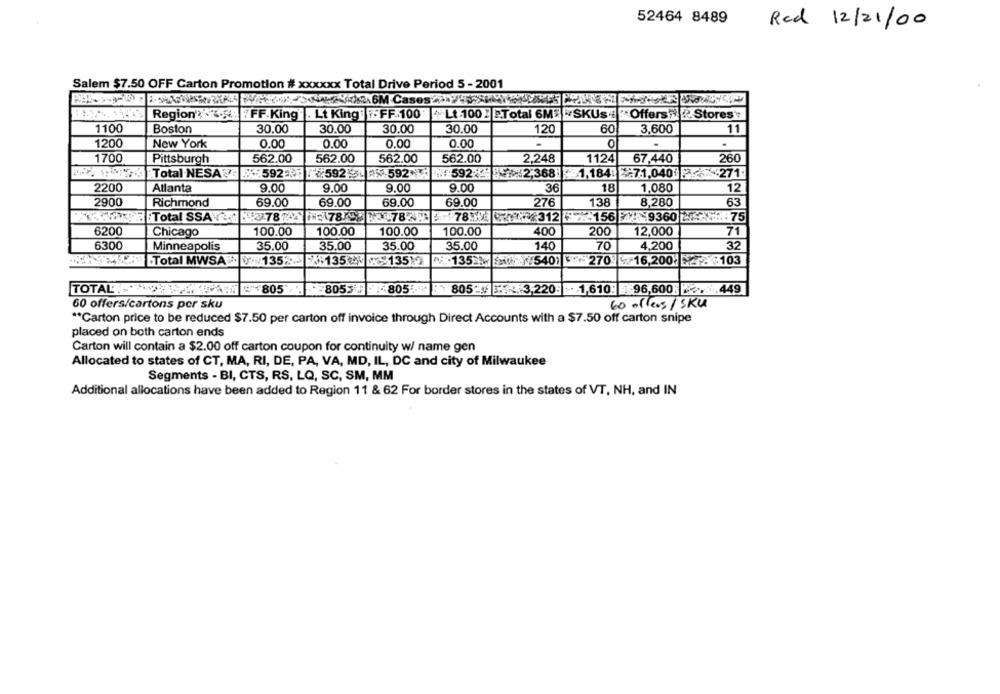
52464 8489
Red 12/21/00
Salem $7.50 OFF Carton Promotion # xxxxxx Total Drive Period 5 - 2001
Region" 5 FFF.King . Lt King :FF-100
Lt 100 2 P.Total 6ME ISKUs
Offers & Stores':
1100
Boston
30.00
30.00
30.00
30.00
120
60
3,600
11
1200
New York
0.00
0.00
0.00
0.00
0
.
.
1700
Pittsburgh
562.00
562.00
562.00
562.00
2,248
1124
67,440
260
Total NESA : 592
:5921 % 592*
592 8572,368
1,184. 7.1.040 P <%+271.
2200
Atlanta
9.00
9.00
9.00
9.00
36
18
12
1,080
2900
Richmond
69.00
69.00
69.00
69.00
276
138
8,280
63
: Total SSA 787 5 78 5 2782 178 147 312 F7-156 9360 2 4-75
6200
Chicago
100.00
100.00
100.00
100.00
400
200
12,000
71
6300
Minneapolis
35.00
35.00
35.00
35.00
140
70
4,200
32
Total MWSA > 0 135 +1354 1351)
135 /540)
270
16,200 28103
TOTALT AWAYIN
805
8053
-805
805-
.220 . 1,610: 96,600 14.449
60 offers/cartons per sku
60 alleos / SKU
** Carton price to be reduced $7.50 per carton off invoice through Direct Accounts with a $7.50 off carton snipe
placed on both carton ends
Carton will contain a $2.00 off carton coupon for continuity w/ name gen
Allocated to states of CT, MA, RI, DE, PA, VA, MD, IL, DC and city of Milwaukee
Segments - BI, CTS, RS, LQ, SC, SM, MM
Additional allocations have been added to Region 11 & 62 For border stores in the states of VT, NH, and IN